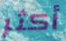
أكثر